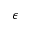
\epsilon